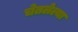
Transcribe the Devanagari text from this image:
चेतलेल्या